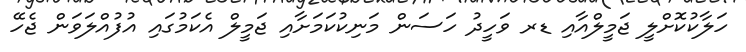
ހަލާކުކޮށްލީ ޖަމީލްއާއި ޑރ ވަހީދު ހަސަން މަނިކުކަމަށާއި ޖަމީލް އެކަމުގައި އުފުއްލަވަން ޖެހޭ